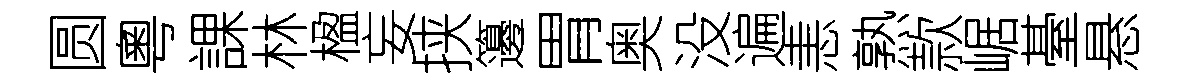
圆粵課林楹妄挟籩胃奥没遍恚熟款崌䑓悬